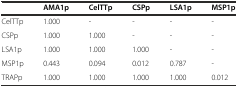
|  | AMA1p | CelTTp | CSPp | LSA1p | MSP1p |
 | --- | --- | --- | --- | --- | --- |
 | CelTTp | 1.000 | - | - | - | - |
 | CSPp | 1.000 | 1.000 | - | - | - |
 | LSA1p | 1.000 | 1.000 | 1.000 | - | - |
 | MSP1p | 0.443 | 0.094 | 0.012 | 0.787 | - |
 | TRAPp | 1.000 | 1.000 | 1.000 | 1.000 | 0.012 |